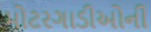
મોટરગાડીઓની